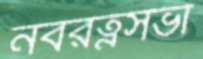
নবরত্নসভা